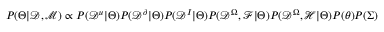
P ( \Theta | \mathcal { D } , \mathcal { M } ) \propto P ( \mathcal { D } ^ { u } | \Theta ) P ( \mathcal { D } ^ { \partial } | \Theta ) P ( \mathcal { D } ^ { I } | \Theta ) P ( \mathcal { D } ^ { \Omega } , \mathcal { F } | \Theta ) P ( \mathcal { D } ^ { \Omega } , \mathcal { H } | \Theta ) P ( \theta ) P ( \Sigma )